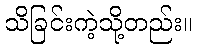
သိခြင်းကဲ့သို့တည်း။